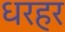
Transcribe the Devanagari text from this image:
धरहर